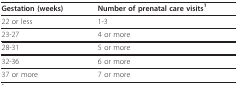
<table><thead><tr><td><b>Gestation (weeks)</b></td><td><b>Number of prenatal care visits<sup>1</sup></b></td></tr></thead><tbody><tr><td>22 or less</td><td>1-3</td></tr><tr><td>23-27</td><td>4 or more</td></tr><tr><td>28-31</td><td>5 or more</td></tr><tr><td>32-36</td><td>6 or more</td></tr><tr><td>37 or more</td><td>7 or more</td></tr></tbody></table>